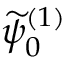
\widetilde { \psi } _ { 0 } ^ { ( 1 ) }